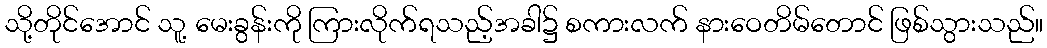
သို့တိုင်အောင် သူ့ မေးခွန်းကို ကြားလိုက်ရသည့်အခါ၌ စကားလက် နားဝေတိမ်တောင် ဖြစ်သွားသည်။